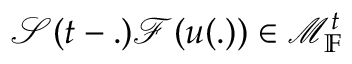
\mathcal { S } ( t - . ) \mathcal { F } ( u ( . ) ) \in \mathcal { M } _ { \mathbb { F } } ^ { t }